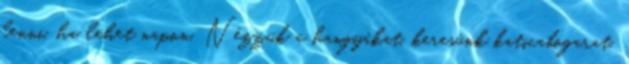
lenni, ha lehet napon. Nézzük a hangyákat, keresünk katicabogarat,